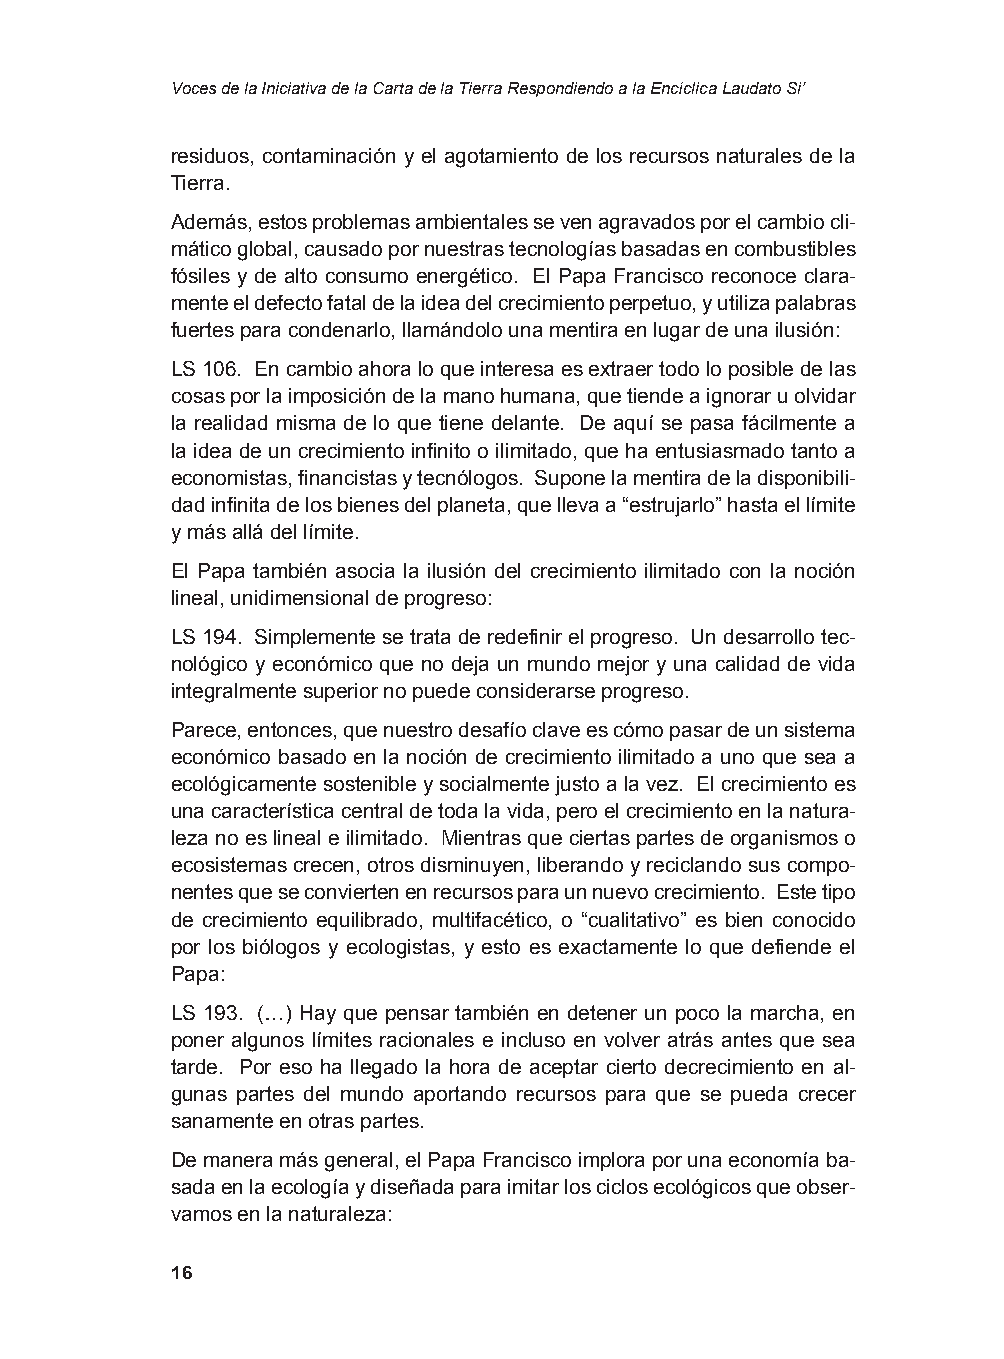
Voces de la Iniciativa de la Carta de la Tierra Respondiendo a la Encíclica Laudato Si’
 residuos, contaminación y el agotamiento de los recursos naturales de la
 Tierra.
 Además, estos problemas ambientales se ven agravados por el cambio cli-
 mático global, causado por nuestras tecnologías basadas en combustibles
 fósiles y de alto consumo energético. El Papa Francisco reconoce clara-
 mente el defecto fatal de la idea del crecimiento perpetuo, y utiliza palabras
 fuertes para condenarlo, llamándolo una mentira en lugar de una ilusión:
 LS 106. En cambio ahora lo que interesa es extraer todo lo posible de las
 cosas por la imposición de la mano humana, que tiende a ignorar u olvidar
 la realidad misma de lo que tiene delante. De aquí se pasa fácilmente a
 la idea de un crecimiento infinito o ilimitado, que ha entusiasmado tanto a
 economistas, financistas y tecnólogos. Supone la mentira de la disponibili-
 dad infinita de los bienes del planeta, que lleva a “estrujarlo” hasta el límite
 y más allá del límite.
 El Papa también asocia la ilusión del crecimiento ilimitado con la noción
 lineal, unidimensional de progreso:
 LS 194. Simplemente se trata de redefinir el progreso. Un desarrollo tec-
 nológico y económico que no deja un mundo mejor y una calidad de vida
 integralmente superior no puede considerarse progreso.
 Parece, entonces, que nuestro desafío clave es cómo pasar de un sistema
 económico basado en la noción de crecimiento ilimitado a uno que sea a
 ecológicamente sostenible y socialmente justo a la vez. El crecimiento es
 una característica central de toda la vida, pero el crecimiento en la natura-
 leza no es lineal e ilimitado. Mientras que ciertas partes de organismos o
 ecosistemas crecen, otros disminuyen, liberando y reciclando sus compo-
 nentes que se convierten en recursos para un nuevo crecimiento. Este tipo
 de crecimiento equilibrado, multifacético, o “cualitativo” es bien conocido
 por los biólogos y ecologistas, y esto es exactamente lo que defiende el
 Papa:
 LS 193. (…) Hay que pensar también en detener un poco la marcha, en
 poner algunos límites racionales e incluso en volver atrás antes que sea
 tarde. Por eso ha llegado la hora de aceptar cierto decrecimiento en al-
 gunas partes del mundo aportando recursos para que se pueda crecer
 sanamente en otras partes.
 De manera más general, el Papa Francisco implora por una economía ba-
 sada en la ecología y diseñada para imitar los ciclos ecológicos que obser-
 vamos en la naturaleza:
 16